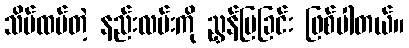
သိမ်ထပ်တဲ့ နည်းလမ်းကို ညွှန်ပြခြင်း ဖြစ်ပါတယ်။